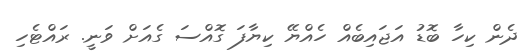
ދެން ކިހާ ބޮޑު އަޖައިބެއް ހެއްޔޭ ކިޔާފަ ގޮއްސަ ގެއަށް ވަނީ. ރައްޓެހި